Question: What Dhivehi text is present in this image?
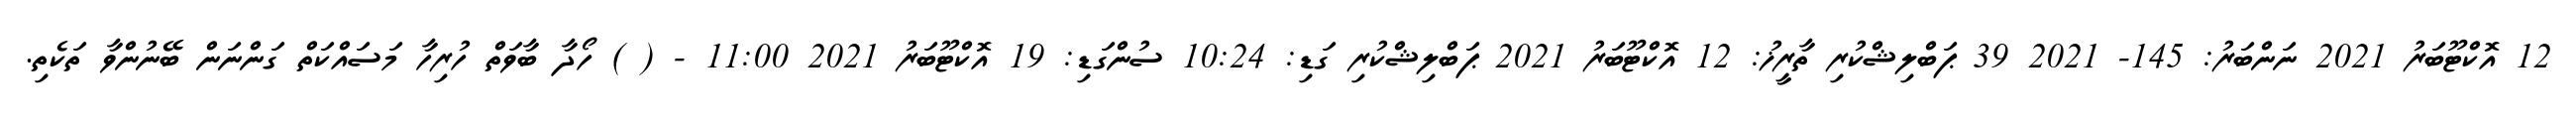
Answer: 12 އޮކްޓޫބަރު 2021 ނަންބަރު: 145- 2021 39 ޕަބްލިޝްކުރި ތާރީޚު: 12 އޮކްޓޫބަރު 2021 ޕަބްލިޝްކުރި ގަޑި: 10:24 ސުންގަޑި: 19 އޮކްޓޫބަރު 2021 11:00 - ( ) ހޯދާ ބާވަތް ހުރިހާ މަސައްކަތް ގަންނަން ބޭނުންވާ ތަކެތި.